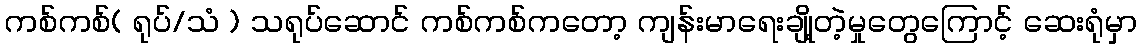
ကစ်ကစ်( ရုပ်/သံ ) သရုပ်ဆောင် ကစ်ကစ်ကတော့ ကျန်းမာရေးချို့တဲ့မှုတွေကြောင့် ဆေးရုံမှာ